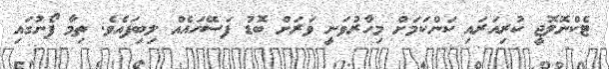
ޓެކްނޮލޮޖީ ކުރިއަރައި ކަންކަމަށް މިހާރުވަނީ ވަރަށް ބޮޑު ފަސޭހައެއް ލިބިފައެވެ. ތިމާ ފޯނުގައި